Leaving Certificate Examination, 1902
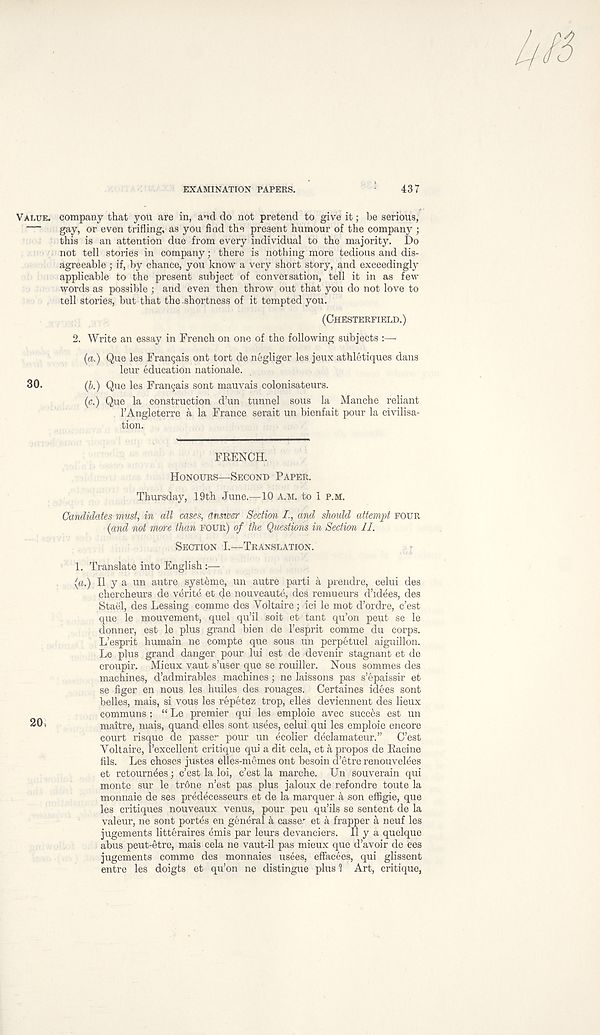
EXAMINATION PAPERS.
437
VALUE, company that you are in, and do not pretend to give it; be serious,
gay, or even trifling, as you find the present humour of the company ;
this is an attention due from every individual to the majority. Do
not tell stories in company; there is nothing more tedious and dis-
agreeable ■ if, by chance, you know a very short story, and exceedingly
applicable to the present subject of conversation, tell it in as feiv
words as possible ; and even then throw out that you do not love to
tell stories, but that the.shortness of it tempted you.
(CHESTERFIELD.)
2. Write an essay in French on one of the following subjects :—-
(a.) Que les Frangais ont tort de negliger les jeux athletiques dans
leur education nationale.
30.
(b.) Que les Frangais sont mauvais colonisateurs.
(c.) Que la construction d’un tunnel sous la Manche reliant
1’Angleterre a la France serait un bienfait pour la civilisa-
tion.
FRENCH.
HONOURS—SECOND PAPER.
Thursday, 19th June.—10 A.M. to 1 P.M.
Candidates must, in all cases, answer Section /., and should attempt FOUR
(and not mare than FOUR) of the Questions in Section II.
SECTION I.—TRANSLATION.
1. Translate into English:—
(a.) II y a un autre systeme, un autre parti a prendre, celui des
chercheurs de verite et de nouveaute, des remueurs d’idees, des
Stael, des Lessing comme des Yoltaire; ici le mot d’ordre, c’est
que le mouvement, quel qu’il soit et tant qu’on peut se le
donner, est le plus grand bien de 1’esprit comme du corps.
L’esprit humain ne compte que sous un perpetuel aiguillon.
Le plus grand danger pour Jui est de devenir stagnant et de
croupir. Mieux vaut s’user que se rouiller. Nous sommes des
machines, d’admirables machines; ne laissons pas s’epaissir et
se figer en nous les huiles des rouages. Certaines idees sont
belles, mais, si vous les repetez trop, elles deviennent des lieux
communs : “ Le premier qui les emploie avec succes est un
20)
maitre, mais, quand elles sont usees, celui qui les emploie encore
court risque de passer pour un ecolier declamateur.” C’est
Yoltaire, 1’excellent critique qui a dit cela, et a propos de Racine
fils. Les choses justes elles-memes ont besoin d’etre renouvelees
et retournees; c’est la loi, c’est la marche. Un souverain qui
monte sur le trone n’est pas plus jaloux de refondre tout e la
monnaie de ses predecesseurs et de la marquer a son effigie, que
les critiques nouveaux venus, pour pen qu’ils se sentent de la
valeur, ne sont portes en general a casser et a frapper a neuf les
jugements litteraires emis par leurs devanciers. H y a quelque
abus peut-etre, mais cela ne vaut-il pas mieux que d’avoir de ces
jugements comme des monnaies usees, effacees, qui glissent
entre les doigts et qu’on ne distingue plus 1 Art, critique,